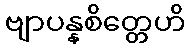
ဗျာပန္နစိတ္တေဟိ